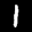
Label: 1